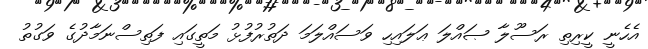
އެހެނީ ކީރިތި ރަސޫލާ ޞައްލަ ޢަލައިހި ވަސައްލަމަ ދަތުރުފުޅު މަތީގައި ފަތިސްނަމާދުގެ ވަގުތު